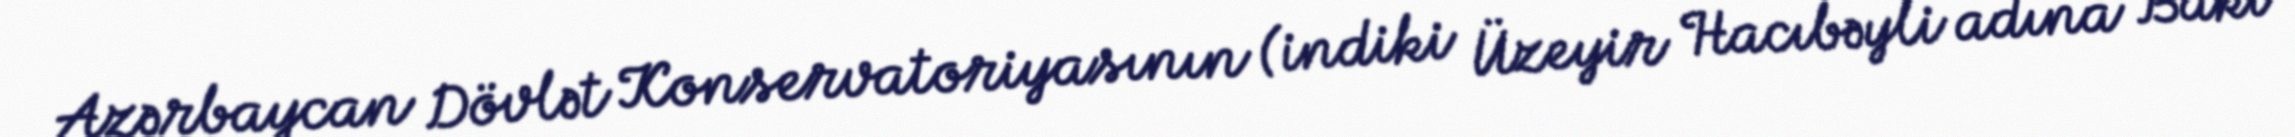
Azərbaycan Dövlət Konservatoriyasının (indiki Üzeyir Hacıbəyli adına Bakı